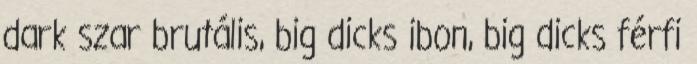
dark szar brutális, big dicks ibon, big dicks férfi